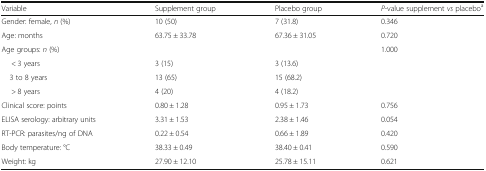
| Variable | Supplement group | Placebo group | P-value supplement vs placeboa |
 | --- | --- | --- | --- |
 | Gender: female, n (%) | 10 (50) | 7 (31.8) | 0.346 |
 | Age: months | 63.75 ± 33.78 | 67.36 ± 31.05 | 0.720 |
 | Age groups: n (%) |  |  | 1.000 |
 | < 3 years | 3 (15) | 3 (13.6) |  |
 | 3 to 8 years | 13 (65) | 15 (68.2) |  |
 | > 8 years | 4 (20) | 4 (18.2) |  |
 | Clinical score: points | 0.80 ± 1.28 | 0.95 ± 1.73 | 0.756 |
 | ELISA serology: arbitrary units | 3.31 ± 1.53 | 2.38 ± 1.46 | 0.054 |
 | RT-PCR: parasites/ng of DNA | 0.22 ± 0.54 | 0.66 ± 1.89 | 0.420 |
 | Body temperature: °C | 38.33 ± 0.49 | 38.40 ± 0.41 | 0.590 |
 | Weight: kg | 27.90 ± 12.10 | 25.78 ± 15.11 | 0.621 |